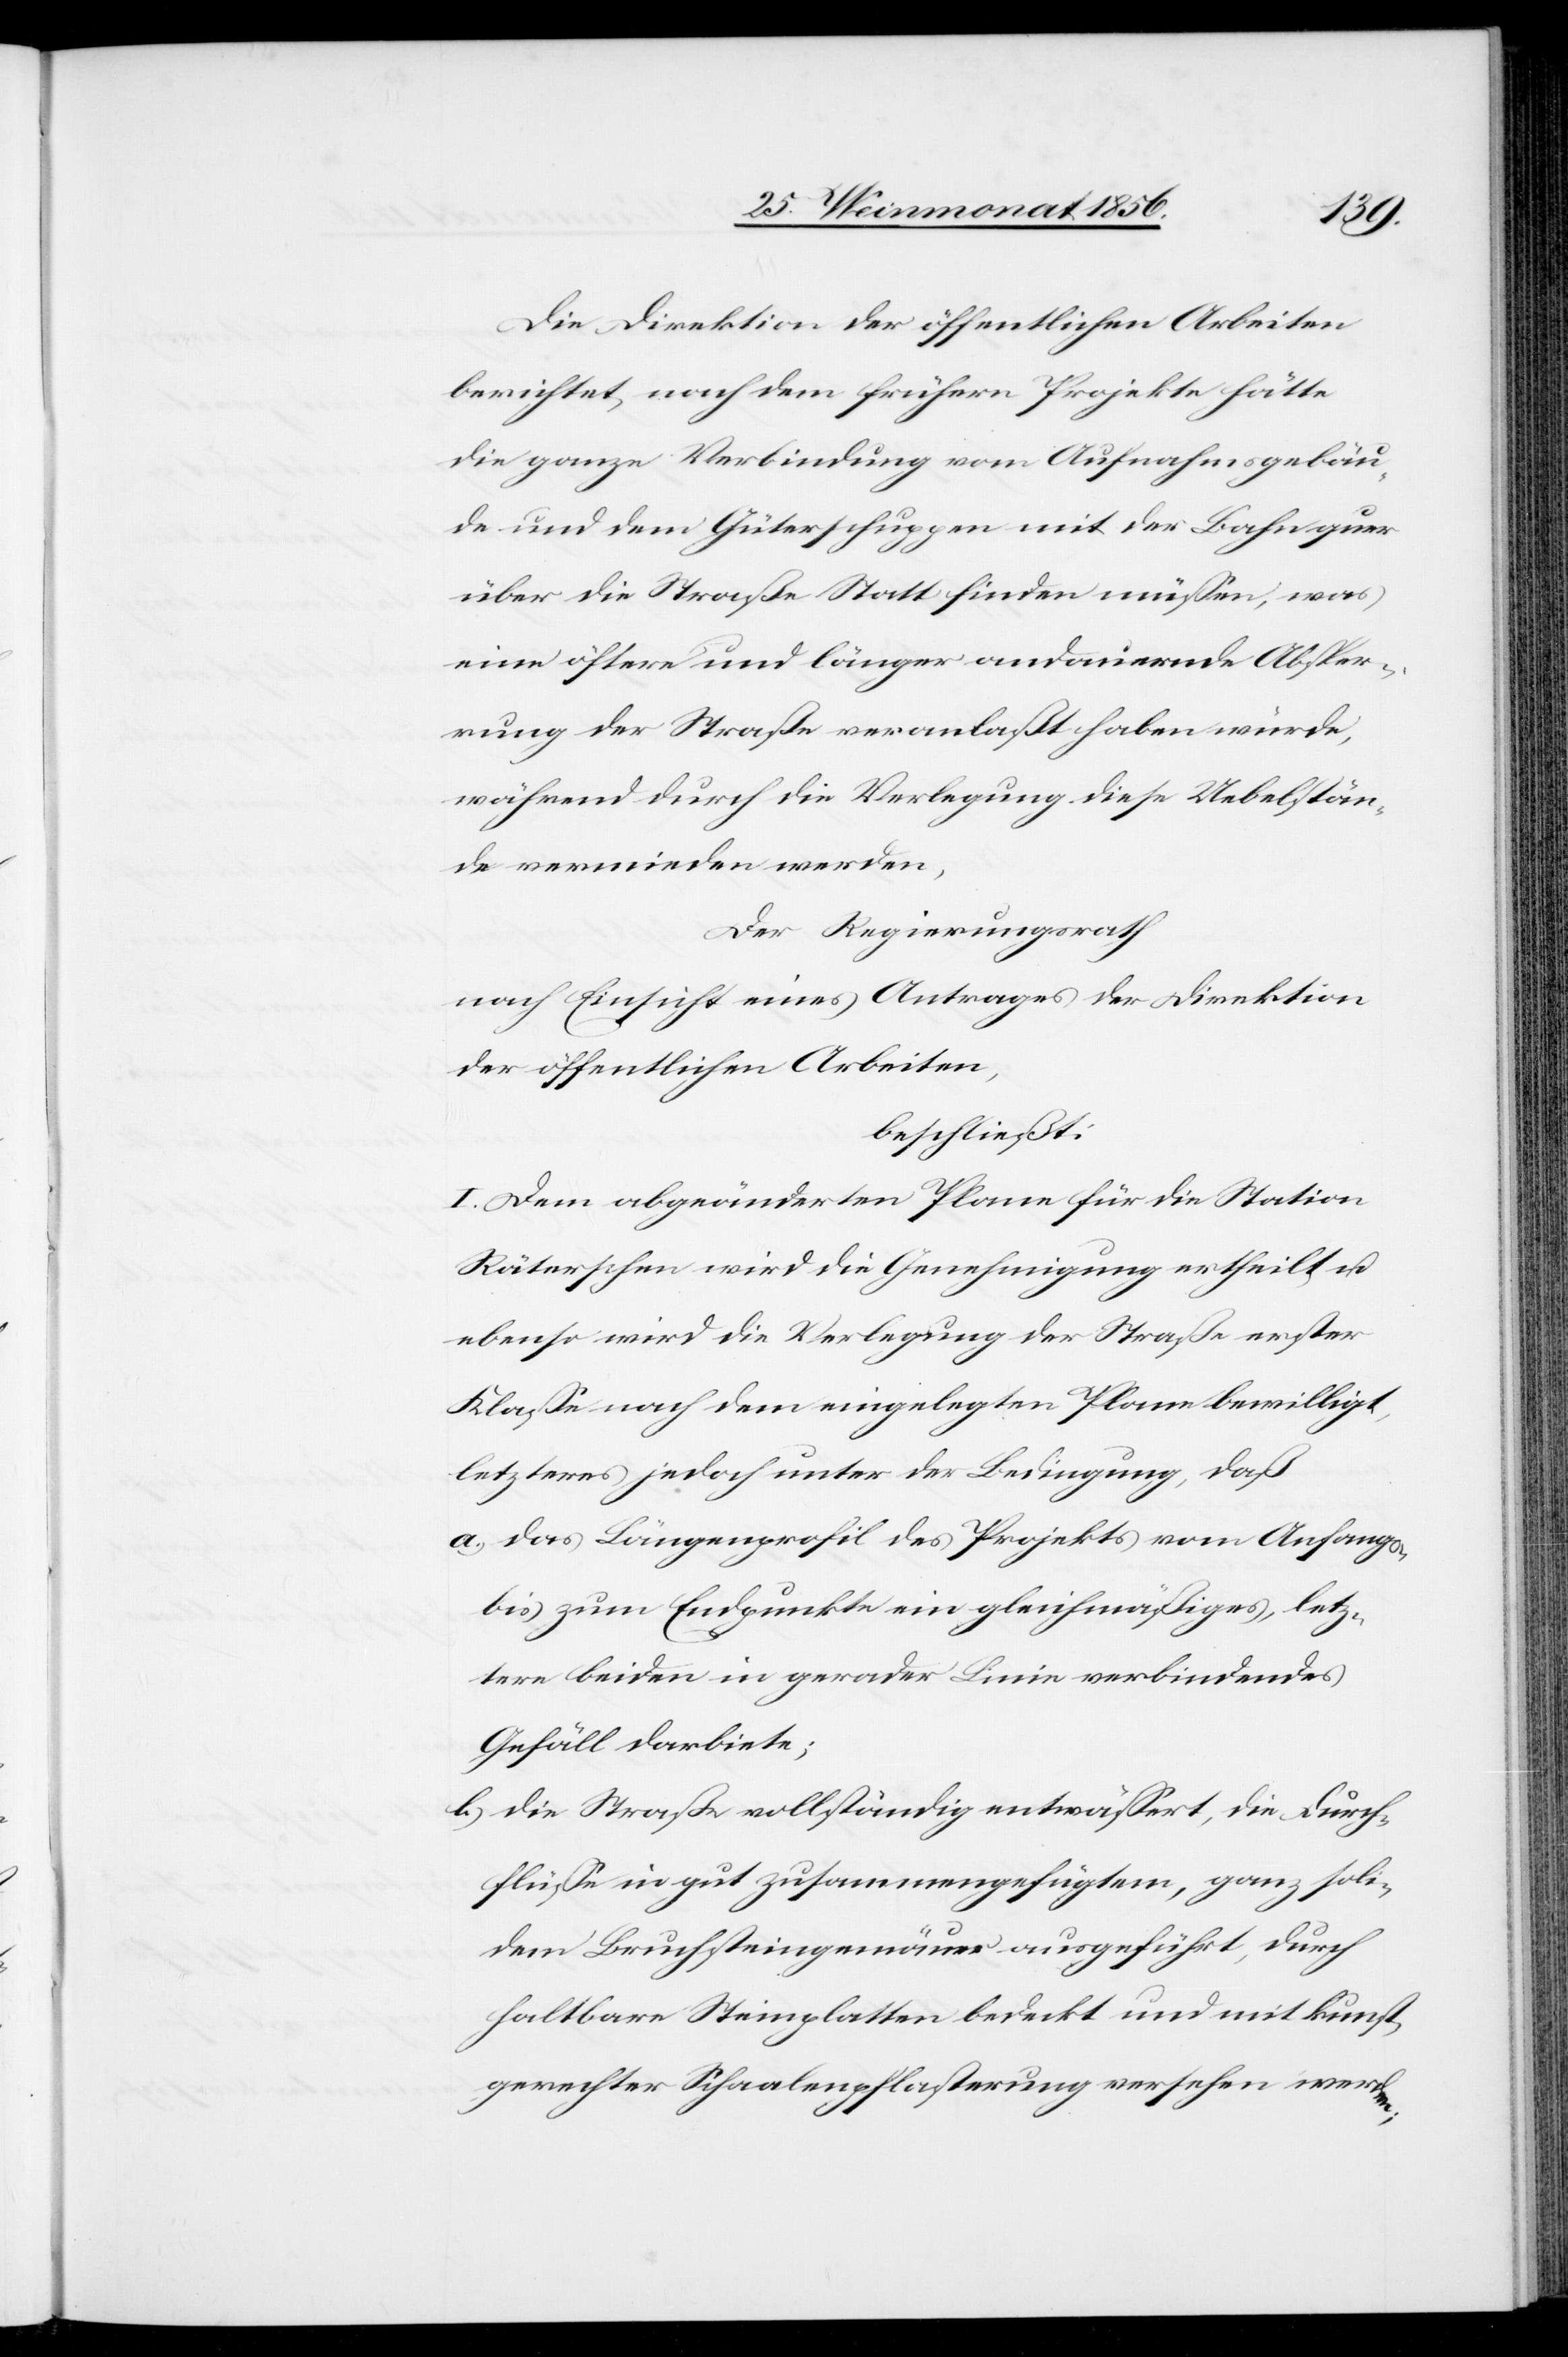
Die Direktion der öffentlichen Arbeiten
berichtet, nach dem frühern Projekte hätte
die ganze Verbindung vom Aufnahmsgebäu¬
de und dem Güterschuppen mit der Bahn quer
über die Straße Statt finden müssen, was
eine öftere und länger andauernde Absper¬
rung der Straße veranlaßt haben würde,
während durch die Verlegung diese Uebelstän¬
de vermieden werden,
Der Regierungsrath
nach Einsicht eines Antrages der Direktion
der öffentlichen Arbeiten,
beschließt:
I. Dem abgeänderten Plane für die Station
Räterschen wird die Genehmigung ertheilt u.
ebenso wird die Verlegung der Straße erster
Klasse nach dem eingelegten Plane bewilligt,
letzteres jedoch unter Bedingung, daß
a.) das Längenprofil des Projekts vom Anfangs-
bis zum Endpunkte ein gleichmäßiges, letz¬
tere beiden in gerader Linie verbindendes
Gefäll darbiete;
b.) die Straße vollständig entwässert, die Durch¬
flüsse in gut zusammengefügtem, ganz soli¬
dem Bruchsteingemäuer ausgeführt, durch
haltbare Steinplatten bedeckt und mit kunst¬
gerechter Schaalenpflasterung versehen werden;